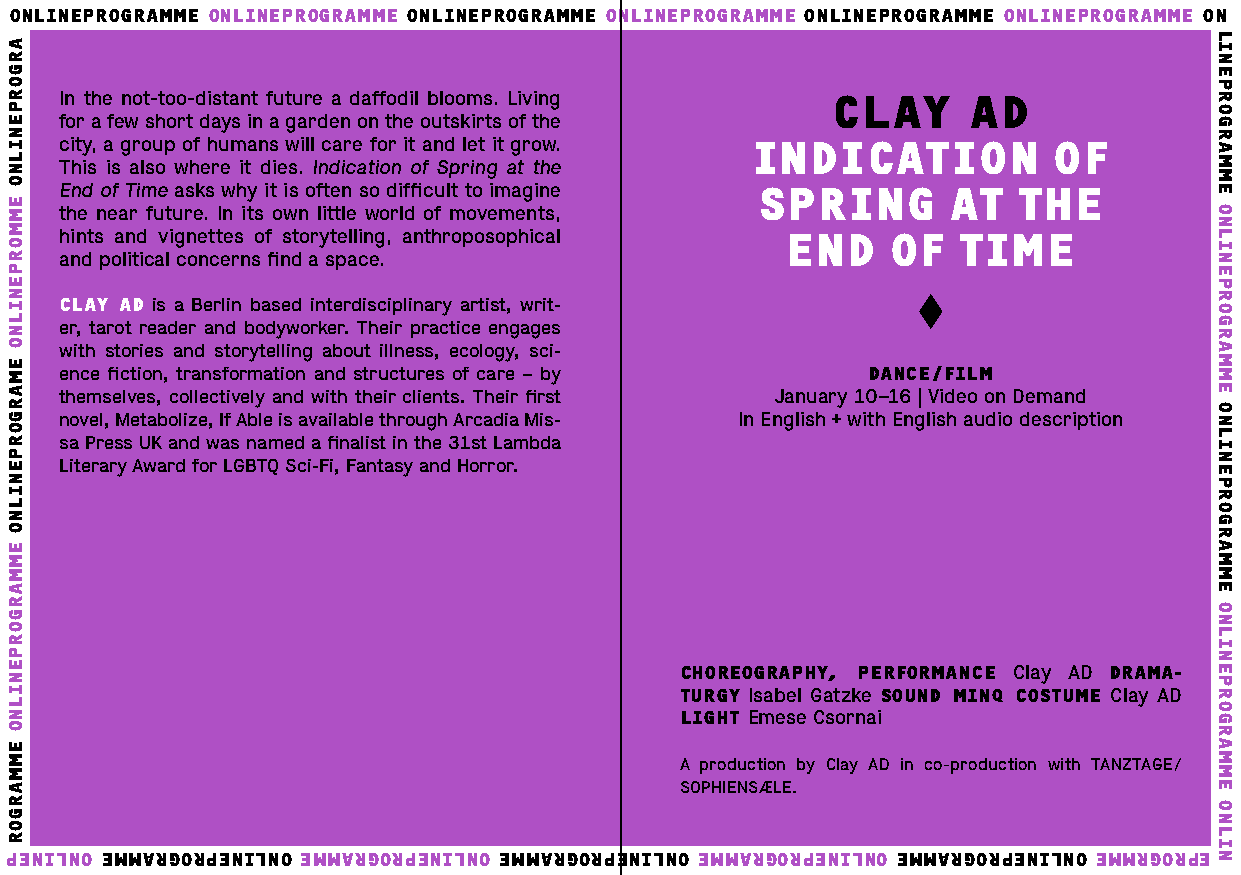
ONLINEPROGRAMME ONLINEPROGRAMME ONLINEPROGRAMME ONLINEPROGRAMME ONLINEPROGRAMME ONLINEPROGRAMME ON
 In the not-too-distant future a daffodil blooms. Living CLAY AD
 for a few short days in a garden on the outskirts of the
 city, a group of humans will care for it and let it grow. INDICATION OF
 This is also where it dies. Indication of Spring at the
 End of Time asks why it is often so difficult to imagine SPRING AT THE
 the near future. In its own little world of movements,
 hints and vignettes of storytelling, anthroposophical END OF TIME
 and political concerns find a space.
 CLAY AD is a Berlin based interdisciplinary artist, writ-
 er, tarot reader and bodyworker. Their practice engages
 with stories and storytelling about illness, ecology, sci-
 ence fiction, transformation and structures of care – by DANCE/FILM
 themselves, collectively and with their clients. Their first January 10–16 | Video on Demand
 novel, Metabolize, If Able is available through Arcadia Mis- In English + with English audio description
 sa Press UK and was named a finalist in the 31st Lambda
 Literary Award for LGBTQ Sci-Fi, Fantasy and Horror.
 CHOREOGRAPHY, PERFORMANCE Clay AD DRAMA-
 TURGY Isabel Gatzke SOUND MINQ COSTUME Clay AD
 LIGHT Emese Csornai
 A production by Clay AD in co-production with TANZTAGE /
 SOPHIENSÆLE.
 PENILNO EMMARGORPENILNO EMMARGORPENILNO EMMARGORPENILNO EMMARGORPENILNO EMMARGORPENILNO EMMRGORPE
 ARGORPENILNO
 EMMORPENILNO
 EMARGORPENILNO
 EMMARGORPENILNO
 EMMARGOR
 LINEPROGRAMME
 ONLINEPROGRAMME
 ONLINEPROGRAMME
 ONLINEPROGRAMME
 ONLIN